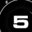
Digit: 5